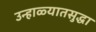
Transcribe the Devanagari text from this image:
उन्हाळ्यातसुद्धा